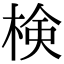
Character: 検